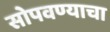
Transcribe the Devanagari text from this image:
सोपवण्याचा